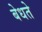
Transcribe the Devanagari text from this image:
बेधते